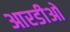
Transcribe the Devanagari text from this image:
आरडीओ